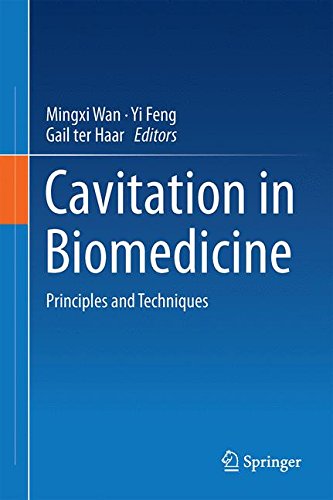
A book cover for Cavitation in Biomedicine: Principles and Techniques; Science & Math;